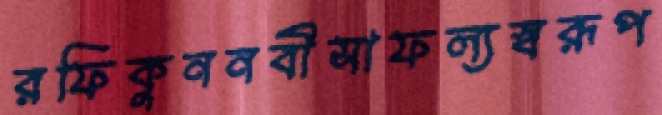
রফিকুননবীসাফল্যস্বরূপ